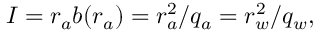
I = r _ { a } b ( r _ { a } ) = r _ { a } ^ { 2 } / q _ { a } = r _ { w } ^ { 2 } / q _ { w } ,